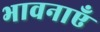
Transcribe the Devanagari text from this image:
भावनाएॅं